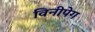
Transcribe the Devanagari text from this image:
विनीपेग